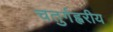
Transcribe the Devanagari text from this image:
चतुर्गह्वरीय